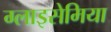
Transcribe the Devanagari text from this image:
ग्लाइसेमिया